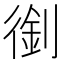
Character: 𠞾